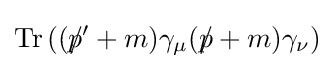
\operatorname {Tr} \left((p\!\!\!/'+m)\gamma _{\mu }(p\!\!\!/+m)\gamma _{\nu }\right)